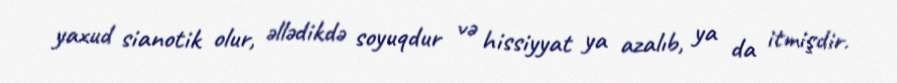
yaxud sianotik olur, əllədikdə soyuqdur və hissiyyat ya azalıb, ya da itmişdir.